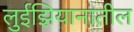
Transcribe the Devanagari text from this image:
लुईझियानातील